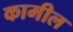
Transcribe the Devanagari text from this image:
कामील